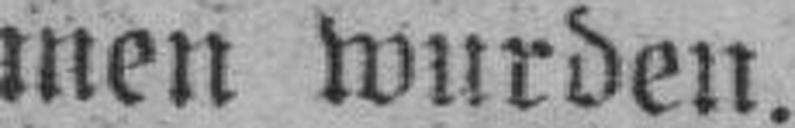
men wurden.